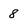
Character: 8